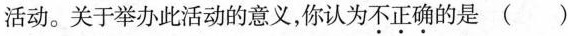
活动。关于举办此活动的意义，你认为不正确的是 ( )